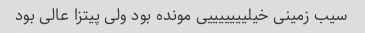
سیب زمینی خیلیییییییی مونده بود ولی پیتزا عالی بود